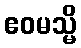
ဧဝမသ္မိ